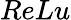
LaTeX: ReLu